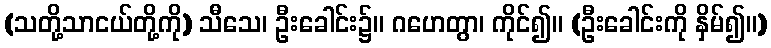
(သတို့သာငယ်တို့ကို) သီသေ၊ ဦးခေါင်း၌။ ဂဟေတွာ၊ ကိုင်၍။ (ဦးခေါင်းကို နှိမ်၍။)